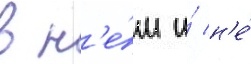
в н'е́м и́ н'е́